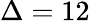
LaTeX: \Delta=12